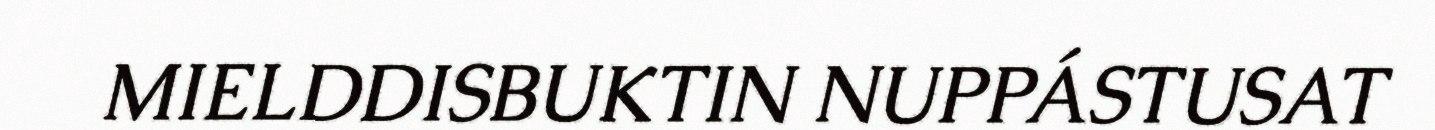
MIELDDISBUKTIN NUPPÁSTUSAT